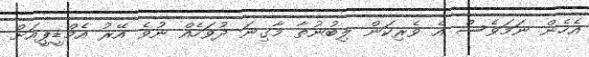
އެހެން ނަމަވެސް އެ ވެރިކަން ލިބުނުތާ މާގިނަ ދުވަހެއް ނުވެ އޭރު އެމްޑީޕީއަށް